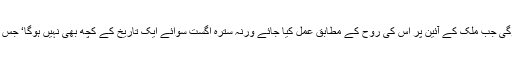
سترہ اگست تو ایک عارضی جسمانی نجات کا دن تھا لیکن حتمی نجات اس وقت ممکن ہوگی جب ملک کے آئین پر اس کی روح کے مطابق عمل کیا جائے ورنہ سترہ اگست سوائے ایک تاریخ کے کچھ بھی نہیں ہوگا‘ جس کا تعلق کسی واقعے سے ہوسکتا ہے اور واقعات وقت کیساتھ ساتھ مٹتے چلے جاتے ہیں۔